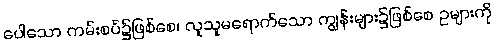
ပေါသော ကမ်းစပ်၌ဖြစ်စေ၊ လူသူမရောက်သော ကျွန်းများ၌ဖြစ်စေ ဥများကို